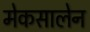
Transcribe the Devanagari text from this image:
मेकसालेन